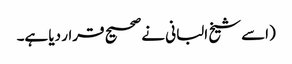
(اسے شیخ البانی نے صحیح قرار دیا ہے۔